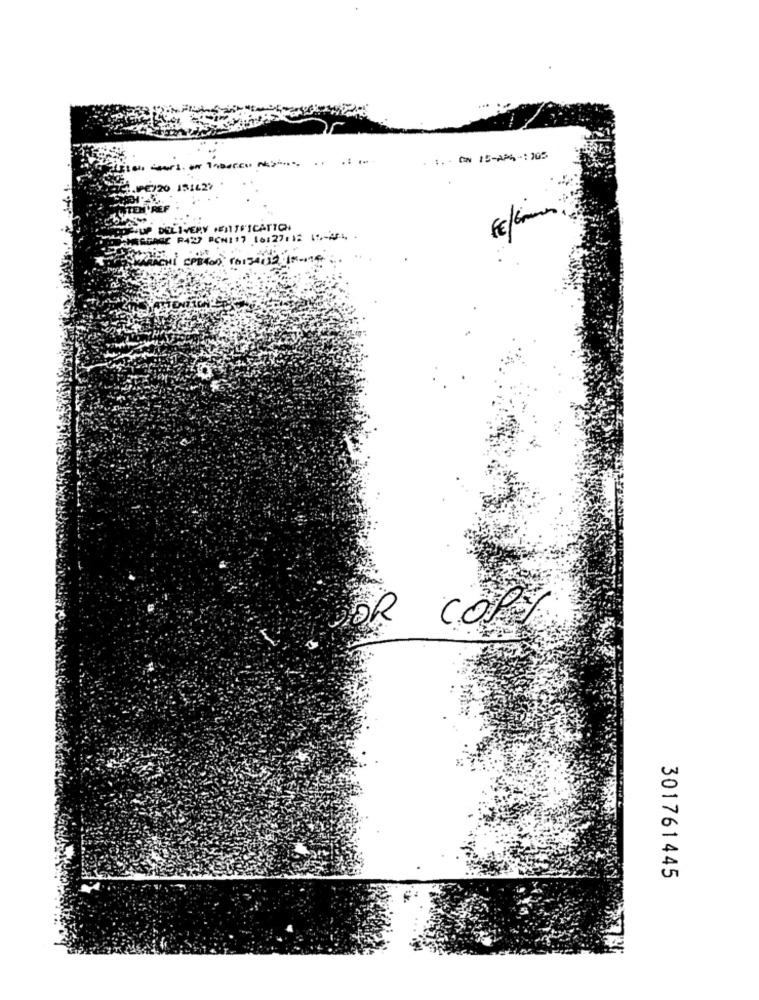
. :. . ON 15-APR -: 105
151627
LIVERY HENTFICATION
C P427 PCNI17 16:27.12 11 ,- 254, -
DYRRACHI CP8400: 101340SO IM-14
OR COPY
301761445